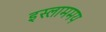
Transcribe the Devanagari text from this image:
इस्लाममय